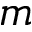
m